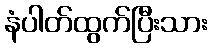
နံပါတ်ထွက်ပြီးသား